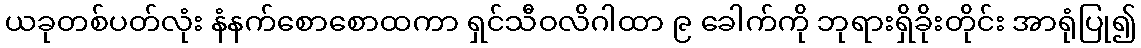
ယခုတစ်ပတ်လုံး နံနက်စောစောထကာ ရှင်သီဝလိဂါထာ ၉ ခေါက်ကို ဘုရားရှိခိုးတိုင်း အာရုံပြု၍